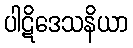
ပါဋိဒေသနိယာ